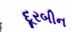
દૂરબીન